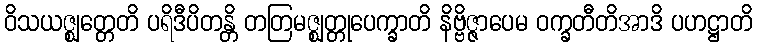
ဝိသယဇ္ဈတ္တေတိ ပရိဒီပိတန္တိ တတြမဇ္ဈတ္တုပေက္ခာတိ နိဗ္ဗိဇ္ဇာပေမ ဝက္ခတီတိအာဒိ ပဟဋ္ဌာတိ